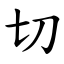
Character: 切